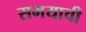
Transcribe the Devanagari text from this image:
समयाची